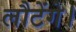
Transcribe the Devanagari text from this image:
लौटेंगे।